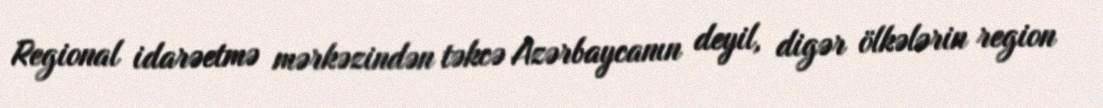
Regional idarəetmə mərkəzindən təkcə Azərbaycanın deyil, digər ölkələrin region